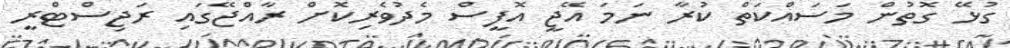
ގުޅޭ ގޮތުން މަސައްކަތް ކުރާ ނަމަ އޭޖީ އޮފީސް މެދުވެރިކޮށް ރާއްޖޭގައި ރަޖިސްޓްރީ